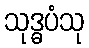
သုဒ္ဓပံသု